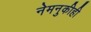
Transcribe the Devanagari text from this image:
नेमनुकीही